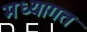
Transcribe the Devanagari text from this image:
मध्यागत